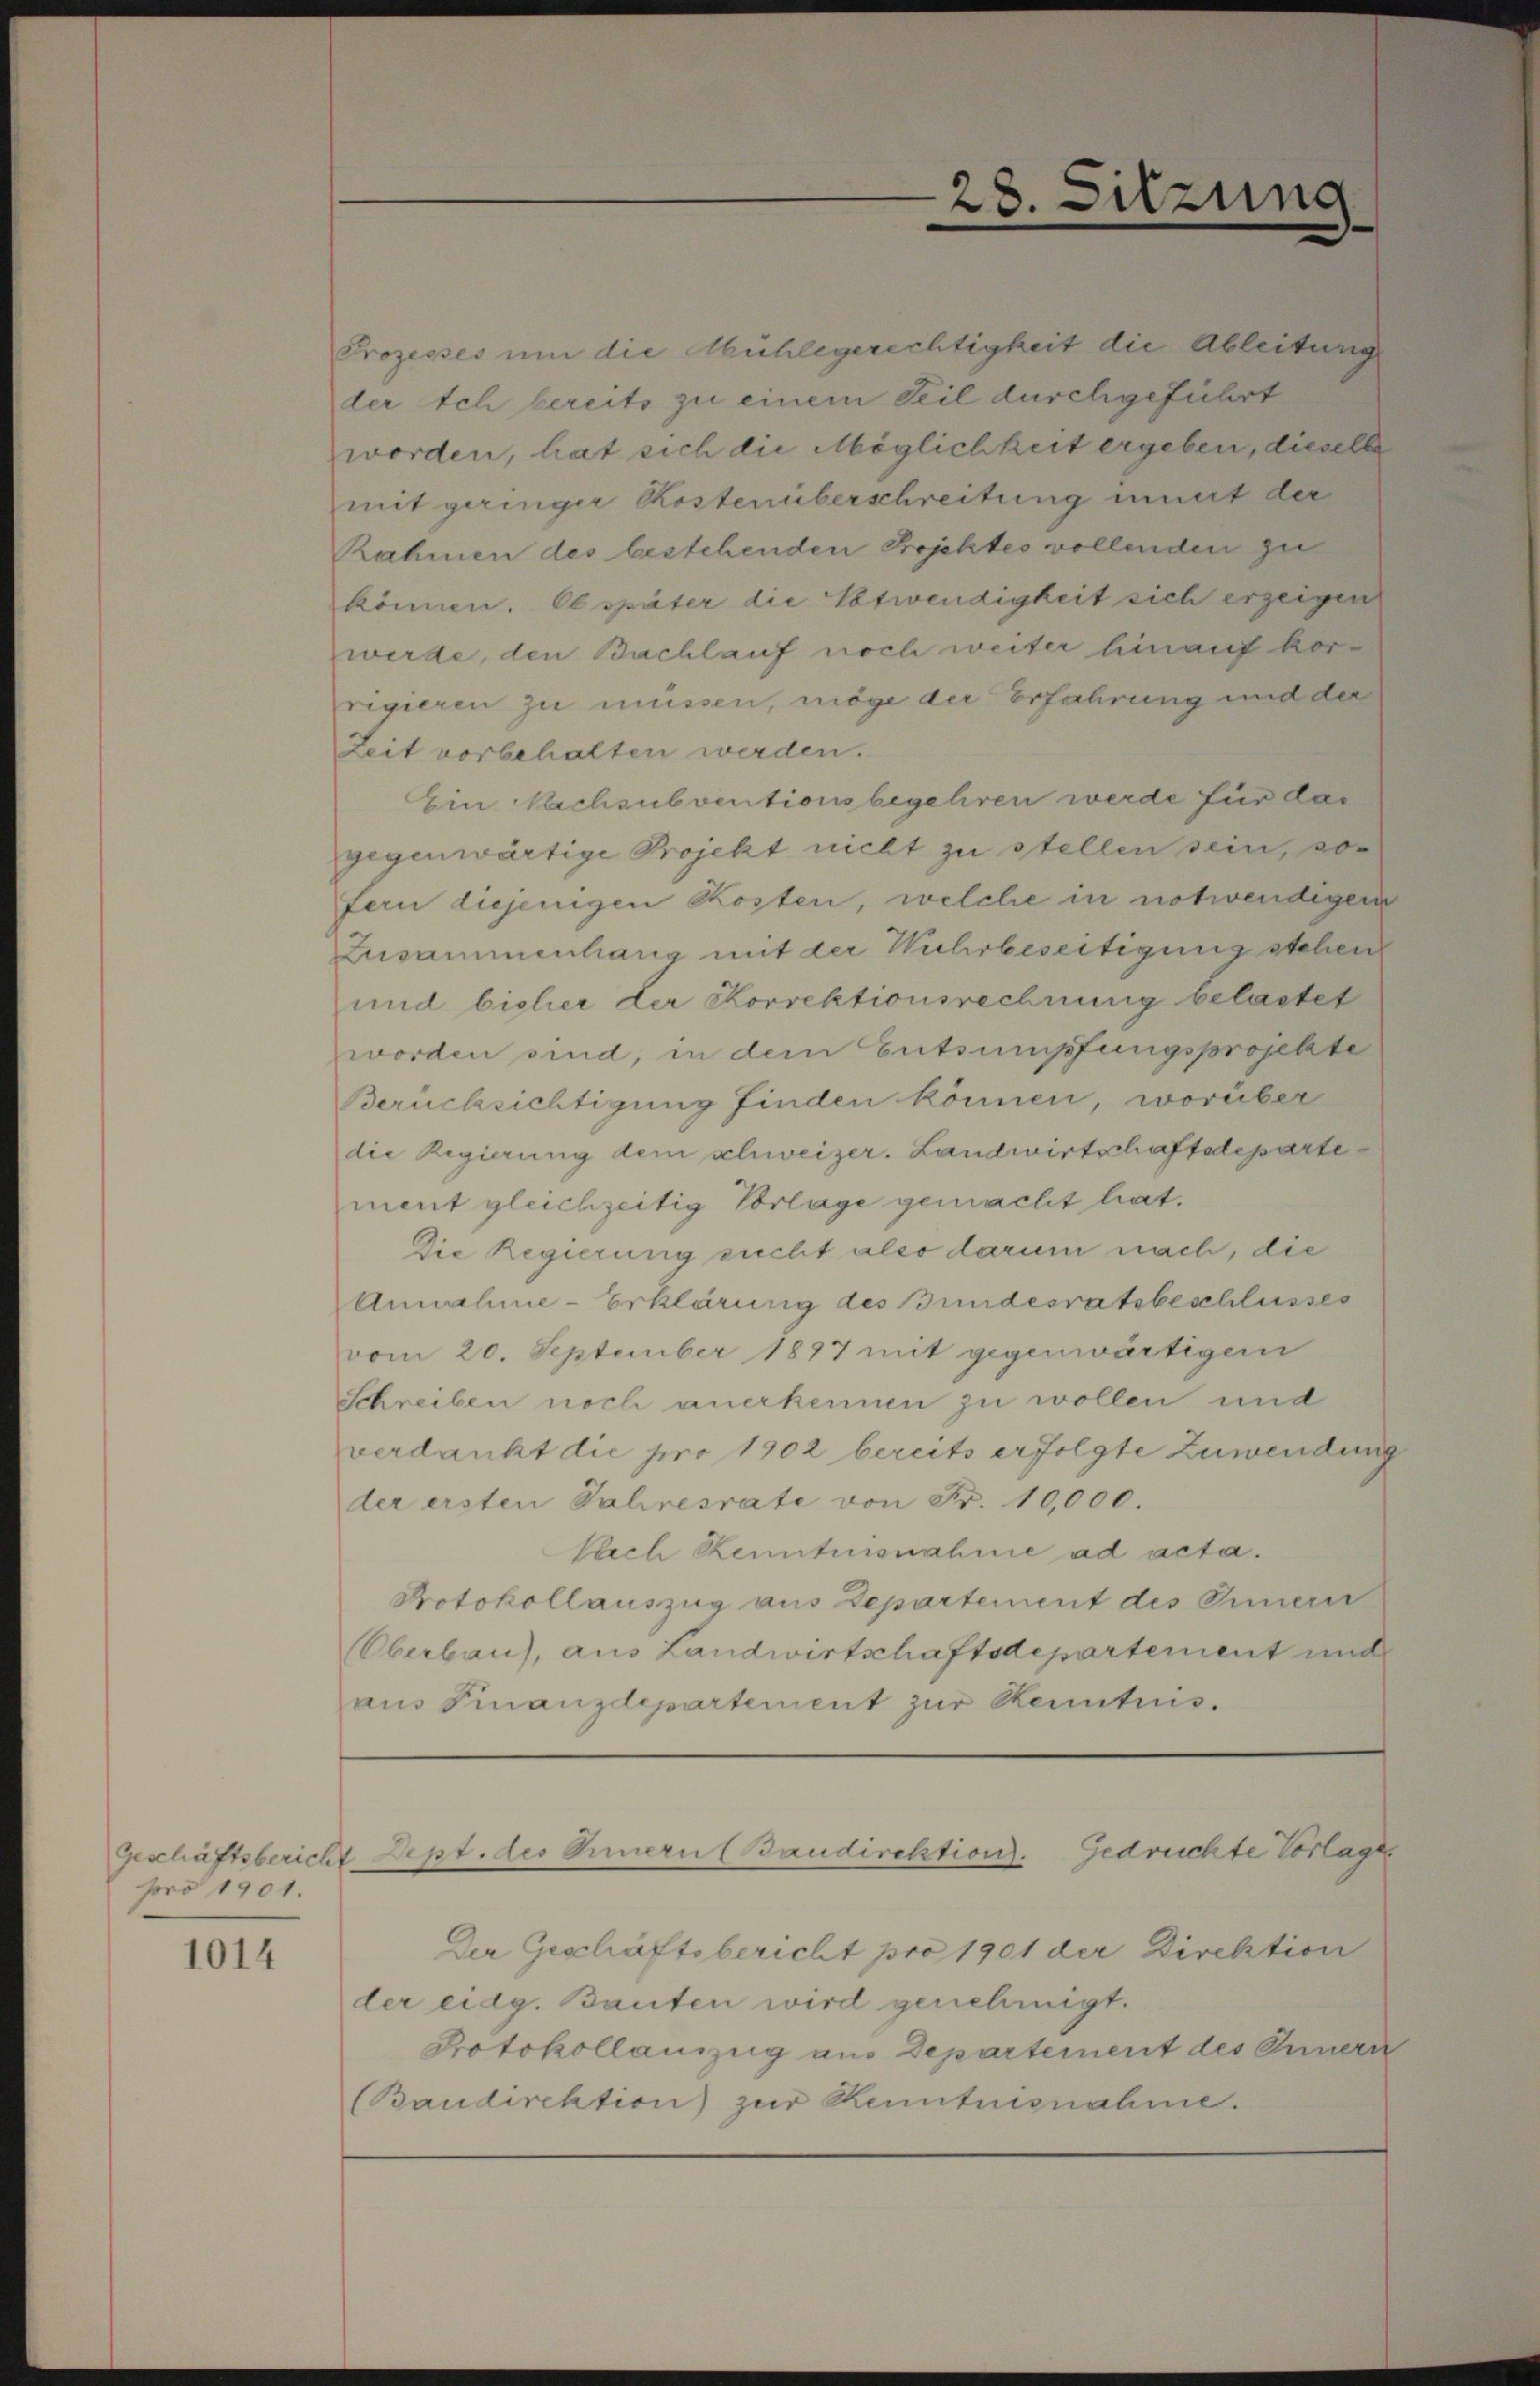
Geschäftsbericht.
pro 1901.

1014

28.

sitzung

Prozesses um die Mühlegerechtigkeit die Ableitung
der ich bereits zu einem Teil durchgeführt
worden, hat sich die Möglichkeit ergeben, dieselbe
mit geringer Kostenüberschreitung innert der
Rahmen des bestehenden Projektes vollenden zu
können. Ob später die Entwendigkeit sich erzeigen
werde, den Bachlauf noch weiter hinauf kor-
regieren zu müssen, möge der Erfahrung und der
Zeit vorbehalten werden.
Ein Nachsubventionsbegehren werde für das
gegenwärtige Projekt nicht zu stellen sein, so
fern diejenigen Kosten, welche in notwendiger
Zusammenhang mit der Wuhrbeseitigung stehen
und bisher der Korrektionsrechnung belastet
worden sind, in dem Entsumpfungsprojekte
Berücksichtigung finden können, worüber
die Regierung dem schweizer. Landwirtschaftsdeparte
ment gleichzeitig Vorlage gemacht hat.
Die Regierung sucht also darum nach, die
Annahme-Erklärung des Bundesratsbeschlusses
vom 20. September 1897 mit gegenwärtiger
Schreiben noch anerkennen zu wollen und
verdankt die pro 1902 bereits erfolgte Zuwendung
der ersten Jahresrate von Fr. 10,000.
Nach Kenntnisnahme ad acta.
Protokollauszug aus Departement des Innern
Oberbau), aus Landwirtschaftsdepartement und
aŭs Finanzdepartement zur Kenntnis.

Sept. des Innern (Baudirektion. Gedrechte Vorlage

Der Geschäftsbericht pro 1901 der Direktion
der eidg. Bauten wird genehmigt.
Protokollanzug aus Departement des Innern
(Baudirektion zur Kenntnisnahme.